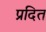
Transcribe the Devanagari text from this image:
प्रदित